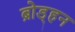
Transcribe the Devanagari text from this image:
ब्रोड्हन